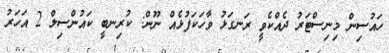
ހައުސިން މިނިސްޓަރު ދެއްކެވީ ރަނގަޅު ވާހަކަފުޅެއް ނޫން: ކުރިނބީ ކައުންސިލް 2 އަހަރު